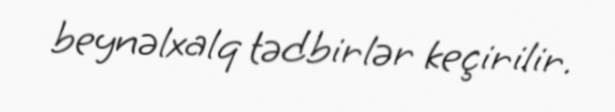
beynəlxalq tədbirlər keçirilir.